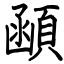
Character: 顄